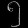
Digit: ၅